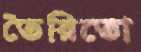
তৈরিতো